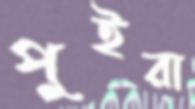
পুইরা